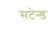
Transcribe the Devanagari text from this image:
सटेन्ड